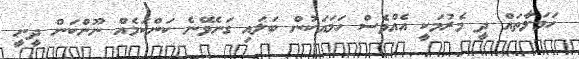
ހަަމަލާތައް ދީ މެރުމަކީ އެއްވެސް ހަމައަކުން ބަލައި ގަނެވޭނެ ކަންކަމެއް ނޫންކަން ދީނީ